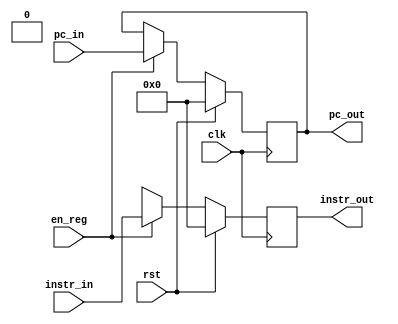
module IF_ID ( clk, rst, en_reg, instr_out, pc_out, instr_in, pc_in );
    input clk, rst, en_reg;
	input [31:0] instr_in;
	input [31:0] pc_in ;

	
	output [31:0]  instr_out;
	output [31:0] pc_out;
	
	reg	  [31:0]  instr_out;
	reg   [31:0]  pc_out;

   
    always @( posedge clk ) begin
        if ( rst ) begin
		pc_out	  <= 32'b0;
		instr_out <= 32'b0;
	end
        else if(en_reg)begin
		pc_out	  <=  pc_in;
		instr_out <= instr_in ;
	end
		else begin
		instr_out <= 31'dx ;
	end
	
    end
endmodule